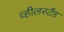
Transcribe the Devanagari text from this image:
व्हीलस्टैंड